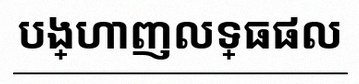
បង្ហាញលទ្ធផល